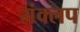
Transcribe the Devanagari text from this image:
संक्लप